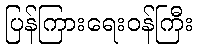
ပြန်ကြားရေးဝန်ကြီး